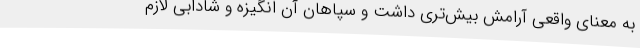
به معنای واقعی آرامش بیش‌تری داشت و سپاهان آن انگیزه و شادابی لازم